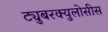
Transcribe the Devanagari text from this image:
ट्युबरक्युलोसीस